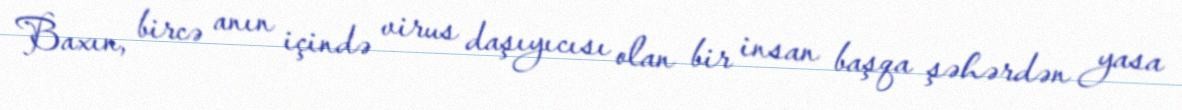
Baxın, bircə anın içində virus daşıyıcısı olan bir insan başqa şəhərdən yasa